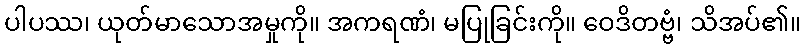
ပါပဿ၊ ယုတ်မာသောအမှုကို။ အကရဏံ၊ မပြုခြင်းကို။ ဝေဒိတဗ္ဗံ၊ သိအပ်၏။